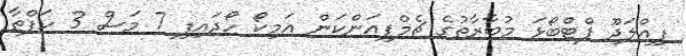
ފިއްލަދޫ ފްޓްބޯޅަ މުބާރާތުގެ ޗެމްޕިއަންކަން އަމިކޯ ހޯދައިފި 7 މަސް 3 ހަފްތާ